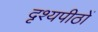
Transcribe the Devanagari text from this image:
दृश्यपीठों